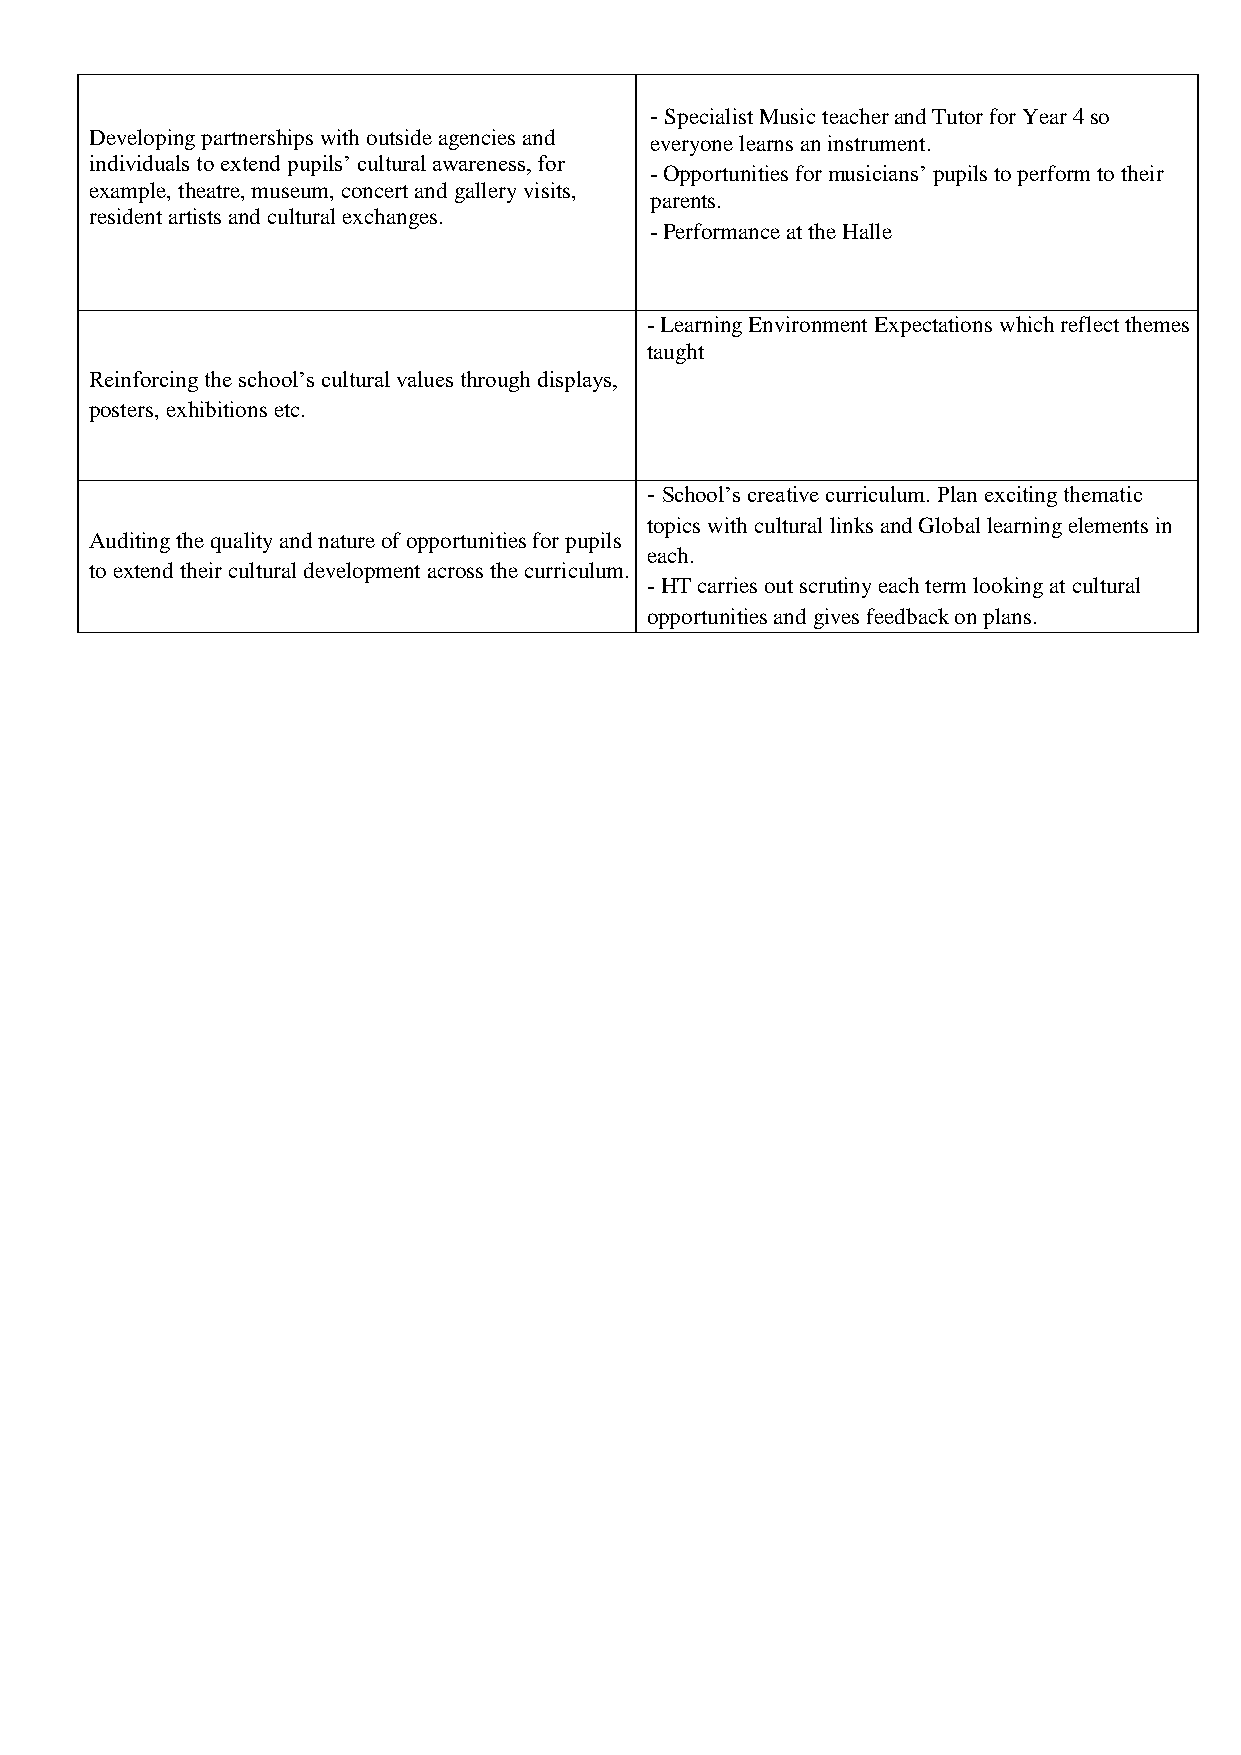
- Specialist Music teacher and Tutor for Year 4 so
 Developing partnerships with outside agencies and everyone learns an instrument.
 individuals to extend pupils’ cultural awareness, for
 - Opportunities for musicians’ pupils to perform to their
 example, theatre, museum, concert and gallery visits,
 parents.
 resident artists and cultural exchanges.
 - Performance at the Halle
 - Learning Environment Expectations which reflect themes
 taught
 Reinforcing the school’s cultural values through displays,
 posters, exhibitions etc.
 - School’s creative curriculum. Plan exciting thematic
 topics with cultural links and Global learning elements in
 Auditing the quality and nature of opportunities for pupils
 each.
 to extend their cultural development across the curriculum.
 - HT carries out scrutiny each term looking at cultural
 opportunities and gives feedback on plans.